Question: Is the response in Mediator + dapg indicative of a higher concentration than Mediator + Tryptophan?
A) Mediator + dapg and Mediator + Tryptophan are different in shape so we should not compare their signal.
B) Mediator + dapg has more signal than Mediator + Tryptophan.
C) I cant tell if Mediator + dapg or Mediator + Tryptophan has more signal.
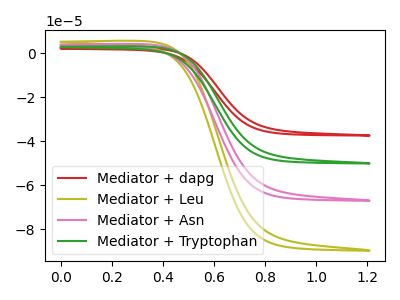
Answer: <think>The red curve "Mediator + dapg" has no peaks. The olive curve "Mediator + Leu" has no peaks. The pink curve "Mediator + Asn" has no peaks. The green curve "Mediator + Tryptophan" has no peaks.
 Neither "Mediator + dapg" or "Mediator + Tryptophan" have any peaks.</think>
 <answer>C) I cant tell if "Mediator + dapg" or "Mediator + Tryptophan" has more signal.</answer>
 <eval>C</eval>